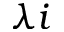
\lambda i